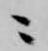
ニ